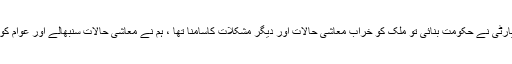
انہوں نے کہا کہ بے نظیر بھٹو کی شہادت کے بعد جب پیپلز پارٹی نے حکومت بنائی تو ملک کو خراب معاشی حالات اور دیگر مشکلات کاسامنا تھا ، ہم نے معاشی حالات سنبھالے اور عوام کو اٹھارویں ترمیم کے ذریعے صوبوں کے وسائل کا مالک بنایا۔